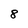
Character: 8